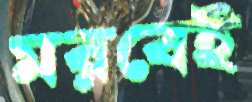
মরবেই